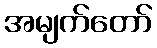
အမျက်တော်